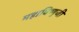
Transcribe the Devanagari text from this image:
महाविष्णुजी